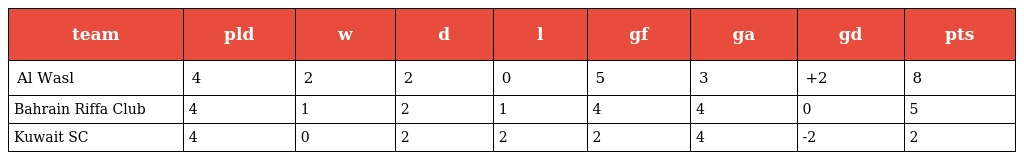
| team | pld | w | d | l | gf | ga | gd | pts |
 | --- | --- | --- | --- | --- | --- | --- | --- | --- |
 | Al Wasl | 4 | 2 | 2 | 0 | 5 | 3 | +2 | 8 |
 | Bahrain Riffa Club | 4 | 1 | 2 | 1 | 4 | 4 | 0 | 5 |
 | Kuwait SC | 4 | 0 | 2 | 2 | 2 | 4 | -2 | 2 |